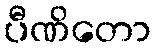
ပီဏိတော